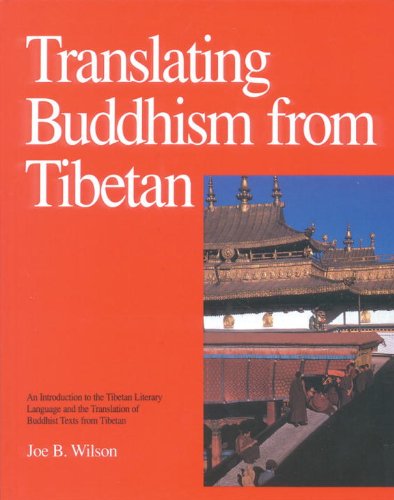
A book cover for Translating Buddhism From Tibetan: An Introduction To The Tibetan Literary Language And The Translation Of Buddhist Texts From Tibetan; Joe B. Wilson; Reference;